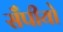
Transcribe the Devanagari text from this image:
सँपीयो